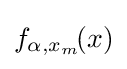
f_{\alpha ,x_{m}}\!(x)